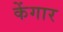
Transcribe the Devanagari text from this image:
केंगार